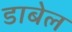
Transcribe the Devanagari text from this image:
डाबेल